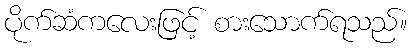
ပိုက်ဆံကလေးဖြင့် စားသောက်ရသည်။